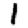
Digit: 1